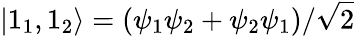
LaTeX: |1_{1},1_{2}\rangle=(\psi_{1}\psi_{2}+\psi_{2}\psi_{1})/{\sqrt{2}}